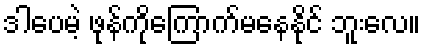
ဒါပေမဲ့ ဖုန်ကိုကြောက်မနေနိုင် ဘူးလေ။